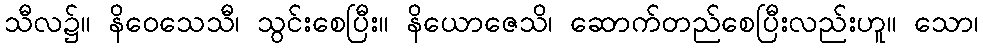
သီလ၌။ နိဝေသေသီ၊ သွင်းစေပြီး။ နိယောဇေသိ၊ ဆောက်တည်စေပြီးလည်းဟူ။ သော၊